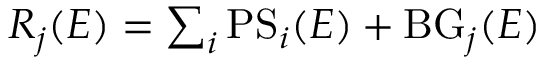
\begin{array} { r } { R _ { j } ( E ) = \sum _ { i } \mathrm { P S } _ { i } ( E ) + \mathrm { B G } _ { j } ( E ) } \end{array}